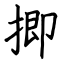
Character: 揤